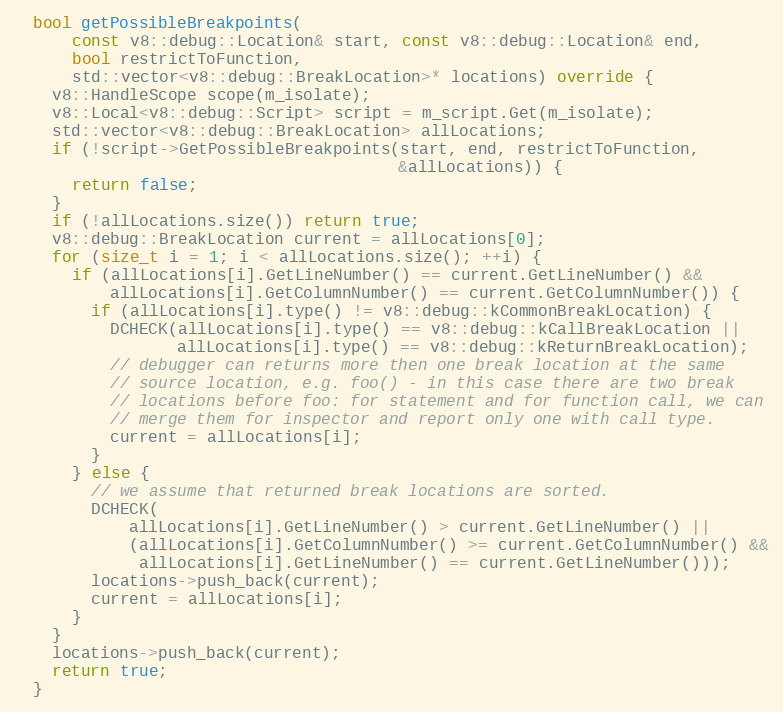
Language: C++
  bool getPossibleBreakpoints(
      const v8::debug::Location& start, const v8::debug::Location& end,
      bool restrictToFunction,
      std::vector<v8::debug::BreakLocation>* locations) override {
    v8::HandleScope scope(m_isolate);
    v8::Local<v8::debug::Script> script = m_script.Get(m_isolate);
    std::vector<v8::debug::BreakLocation> allLocations;
    if (!script->GetPossibleBreakpoints(start, end, restrictToFunction,
                                        &allLocations)) {
      return false;
    }
    if (!allLocations.size()) return true;
    v8::debug::BreakLocation current = allLocations[0];
    for (size_t i = 1; i < allLocations.size(); ++i) {
      if (allLocations[i].GetLineNumber() == current.GetLineNumber() &&
          allLocations[i].GetColumnNumber() == current.GetColumnNumber()) {
        if (allLocations[i].type() != v8::debug::kCommonBreakLocation) {
          DCHECK(allLocations[i].type() == v8::debug::kCallBreakLocation ||
                 allLocations[i].type() == v8::debug::kReturnBreakLocation);
          // debugger can returns more then one break location at the same
          // source location, e.g. foo() - in this case there are two break
          // locations before foo: for statement and for function call, we can
          // merge them for inspector and report only one with call type.
          current = allLocations[i];
        }
      } else {
        // we assume that returned break locations are sorted.
        DCHECK(
            allLocations[i].GetLineNumber() > current.GetLineNumber() ||
            (allLocations[i].GetColumnNumber() >= current.GetColumnNumber() &&
             allLocations[i].GetLineNumber() == current.GetLineNumber()));
        locations->push_back(current);
        current = allLocations[i];
      }
    }
    locations->push_back(current);
    return true;
  }